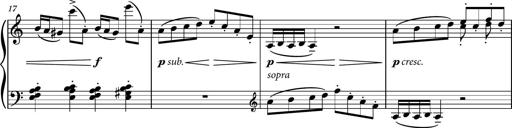
Title: Piano Sonatina No.3
Composer: Dimitri Sykias
Key: C major